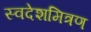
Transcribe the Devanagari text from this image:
स्वदेशमित्रण